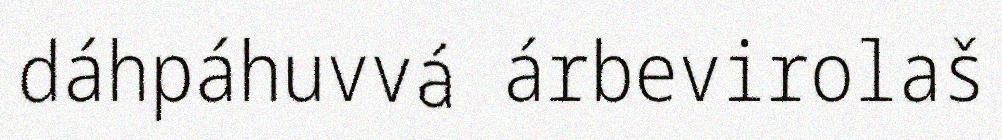
dáhpáhuvvá árbevirolaš